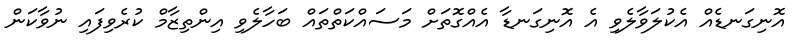
އޮނިގަނޑެއް އެކުލަވާލެވި އެ އޮނިގަނޑާ އެއްގޮތަށް މަސައްކަތްތައް ބަހާލެވި އިންތިޒާމް ކުރެވިފައި ނުވާކަން